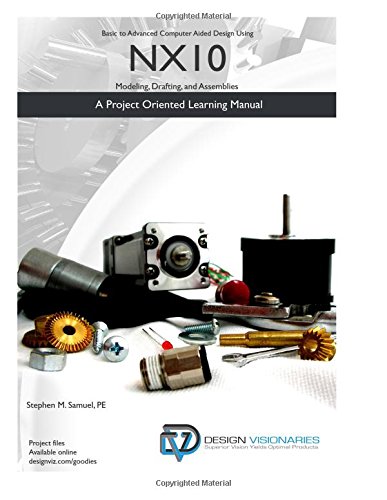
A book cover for Basic to Advanced Computer Aided Design using NX10: Modeling, Drafting and Assemblies; Stephen M Samuel PE; Arts & Photography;